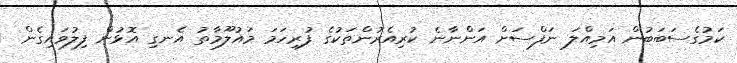
ކަމުގެސަބަބުން އަމިއްލަ ނަފްސަށް އަންނާނެ ކުރިއެރުންތަކުގެ ފުރިހަމަ މައުލޫމާތު އެނގި އޮޅުން ފިލުވައިގެން